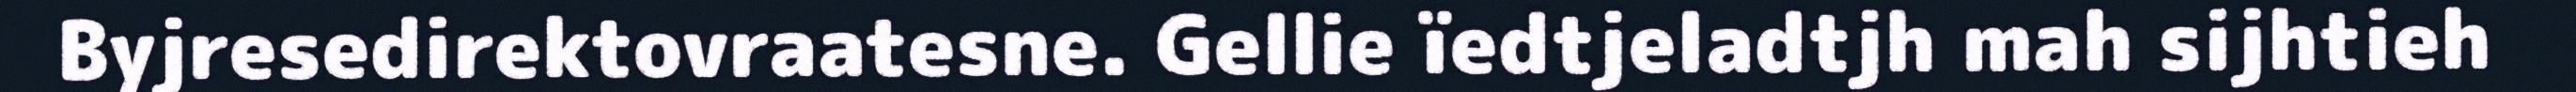
Byjresedirektovraatesne. Gellie ïedtjeladtjh mah sijhtieh